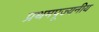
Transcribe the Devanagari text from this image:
प्रथमपूज्यनीय